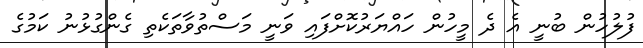
ފުލުހުން ބުނީ އެ ދެ މީހުން ހައްޔަރުކޮށްފައި ވަނީ މަސްތުވާތަކެތި ގެންގުޅުނު ކަމުގެ